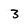
Character: 3